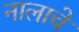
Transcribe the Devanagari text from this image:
नालाचे